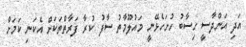
އަދި އަންދާސީ ހިސާބު ހުށަހެޅޭނީ މައުލޫމާތު ސާފު ކުރާ ފަރާތްތަކަށް އެކަނި ކަމަށް